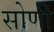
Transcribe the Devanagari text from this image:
सोणी